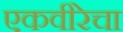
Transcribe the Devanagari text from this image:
एकवीरेचा